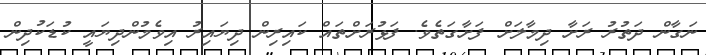
ނަގާން ދަތުރު ރަށާ ދިމާލަށް ފަށާގަތެވެ. ފަޅުރަށްތައް ކައިރިން ދިޔައިރު އިވެމުންދިޔައީ ކުޑަކުދިން